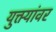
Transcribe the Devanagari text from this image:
युक्त्यांवर